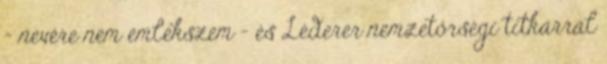
- nevére nem emlékszem - és Léderer nemzetőrségi titkárral